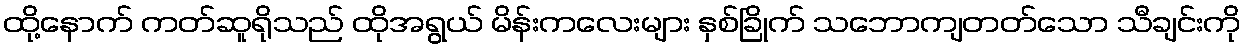
ထို့နောက် ကတ်ဆူရိုသည် ထိုအရွယ် မိန်းကလေးများ နှစ်ခြိုက် သဘောကျတတ်သော သီချင်းကို